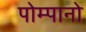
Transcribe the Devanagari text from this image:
पोम्पानो